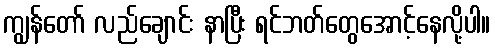
ကျွန်တော် လည်ချောင်း နာပြီး ရင်ဘတ်တွေအောင့်နေလို့ပါ။